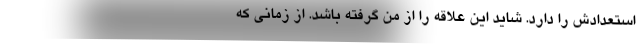
استعدادش را دارد. شاید این علاقه را از من گرفته باشد. از زمانی که